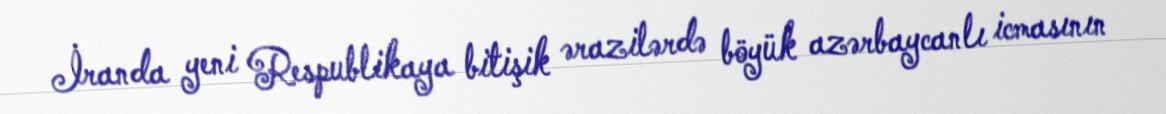
İranda yeni Respublikaya bitişik ərazilərdə böyük azərbaycanlı icmasının